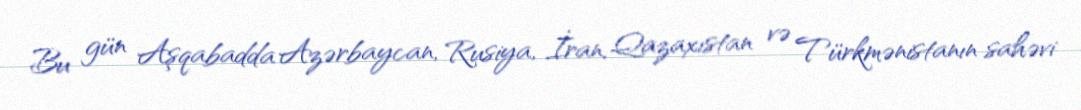
Bu gün Aşqabadda Azərbaycan, Rusiya, İran, Qazaxıstan və Türkmənistanın sahəvi